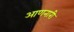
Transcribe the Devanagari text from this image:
आणनारी